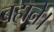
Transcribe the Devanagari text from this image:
बहाने।